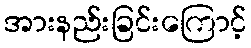
အားနည်းခြင်းကြောင့်